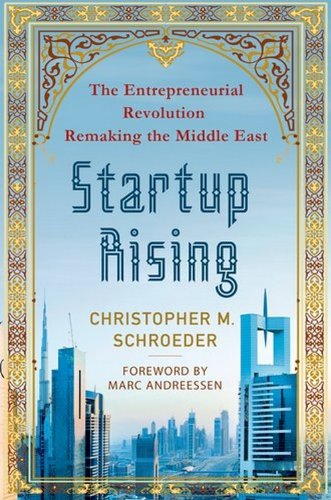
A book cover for Startup Rising: The Entrepreneurial Revolution Remaking the Middle East; Christopher M. Schroeder; Business & Money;